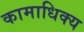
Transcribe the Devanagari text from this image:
कामाधिक्य